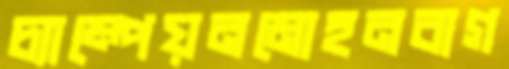
চ্যাম্পেয়নমোহনবাগ